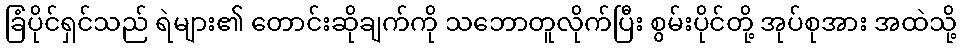
ခြံပိုင်ရှင်သည် ရဲများ၏ တောင်းဆိုချက်ကို သဘောတူလိုက်ပြီး စွမ်းပိုင်တို့ အုပ်စုအား အထဲသို့